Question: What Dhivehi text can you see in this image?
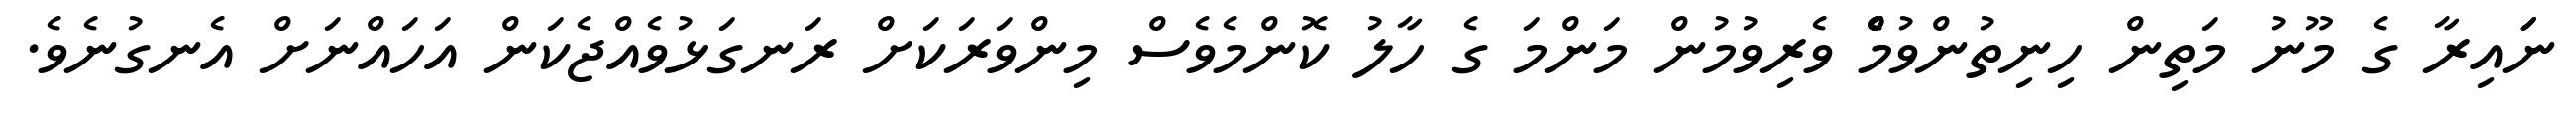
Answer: ނަަައިރާ ގެ މޫނު މަތިން ހިނިތުންވުމެްް ވެރިވުމުން މަންމަ ގެ ހާލު ކޮންމެވެސް މިންވަރަކަށް ރަނގަޅުވެއްޖެކަން އަހައްނަށް އެނގުނެވެ.